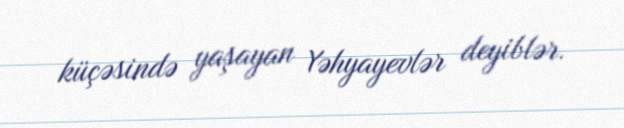
küçəsində yaşayan Yəhyayevlər deyiblər.